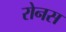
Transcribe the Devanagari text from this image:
रोनस